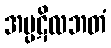
အပ္ပဋိလဘတံ